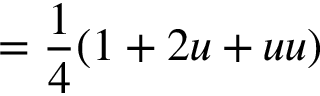
= { \frac { 1 } { 4 } } ( 1 + 2 u + u u )